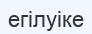
егілуіке